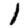
Digit: 1